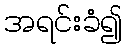
အရင်းခံ၍